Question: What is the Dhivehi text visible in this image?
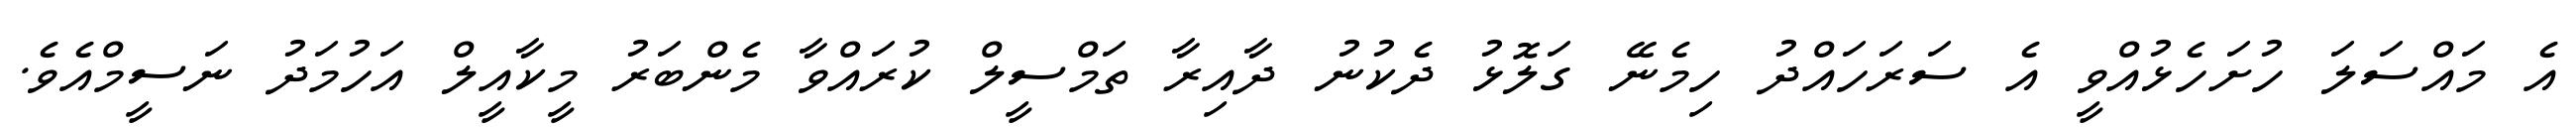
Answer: އެ މައްސަލަ ހުށަހެޅުއްވީ އެ ސަރަހައްދު ހިމެނޭ ގަލޮޅު ދެކުނު ދާއިރާ ތަމްސީލް ކުރައްވާ މެންބަރު މީކާއީލް އަހުމަދު ނަސީމްއެވެ.